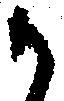
か